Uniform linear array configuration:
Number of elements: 32
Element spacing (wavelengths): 0.5
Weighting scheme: kaiser
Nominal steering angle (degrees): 45
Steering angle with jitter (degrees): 44.291
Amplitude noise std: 0.05
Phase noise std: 0.05

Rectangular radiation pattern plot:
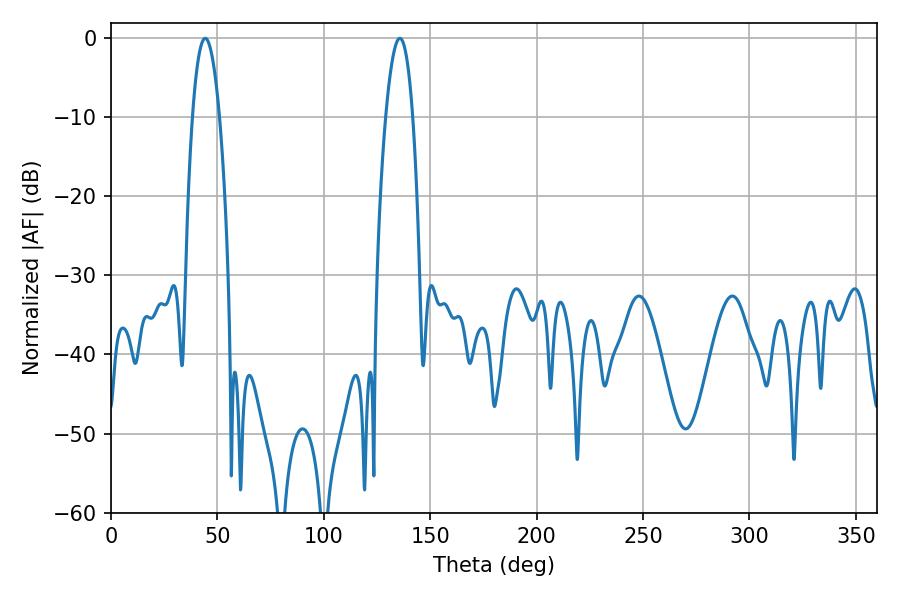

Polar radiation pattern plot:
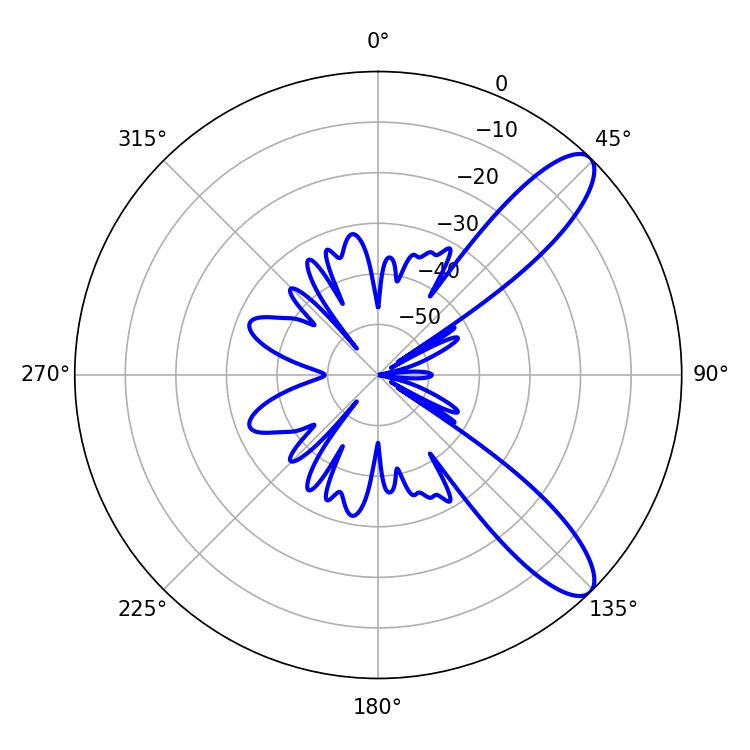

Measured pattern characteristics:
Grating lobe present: FALSE
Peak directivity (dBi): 10.364
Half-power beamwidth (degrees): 7.02
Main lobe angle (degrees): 44.28